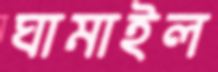
ঘামাইল